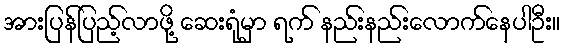
အားပြန်ပြည့်လာဖို့ ဆေးရုံမှာ ရက် နည်းနည်းလောက်နေပါဦး။